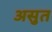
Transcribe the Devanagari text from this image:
असुत